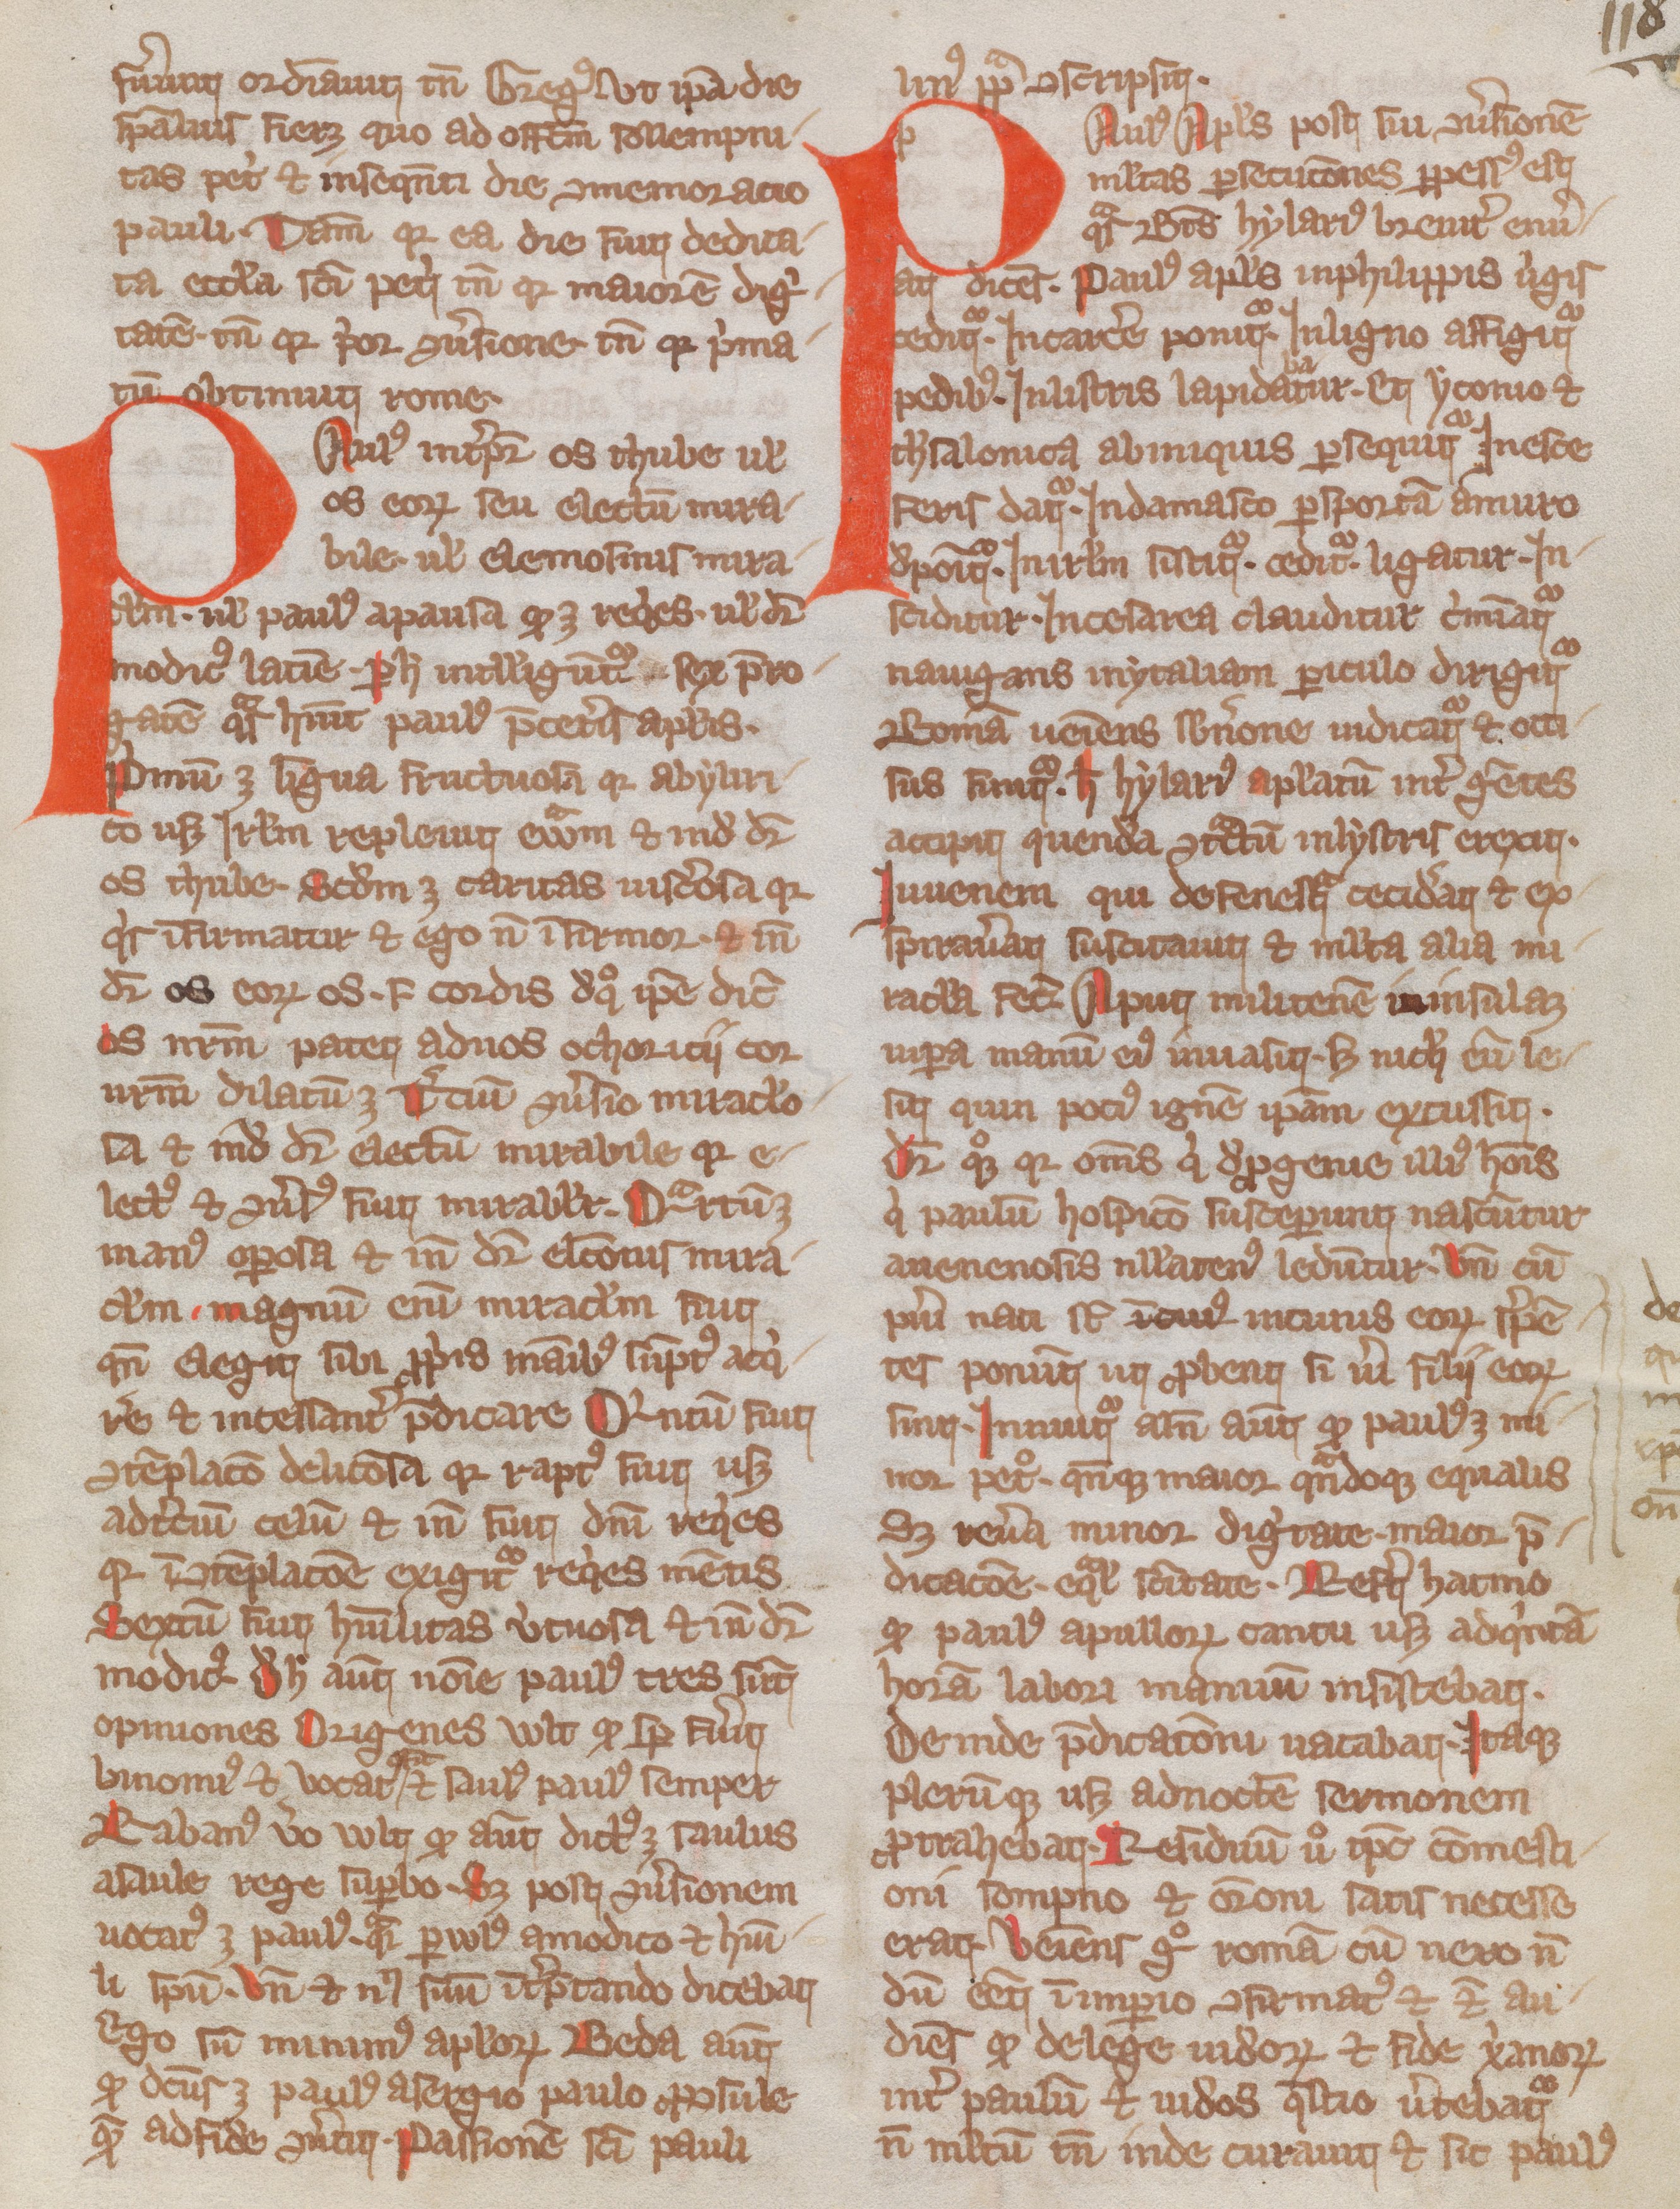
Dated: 1300–1399